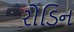
રોડિન